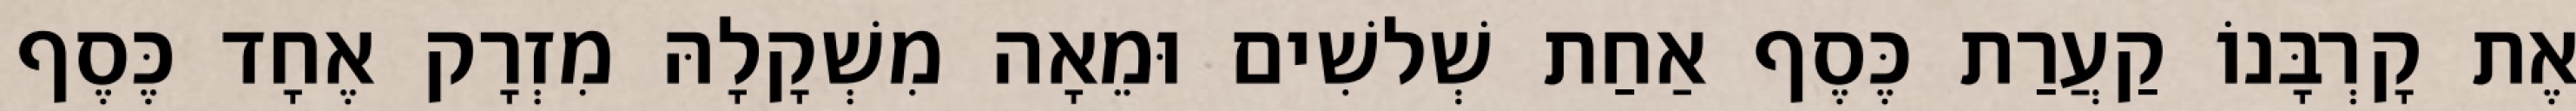
אֶת קָרְבָּנוֹ קַעֲרַת כֶּסֶף אַחַת שְׁלשִׁים וּמֵאָה מִשְׁקָלָהּ מִזְרָק אֶחָד כֶּסֶף